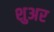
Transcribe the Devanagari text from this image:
शुअर